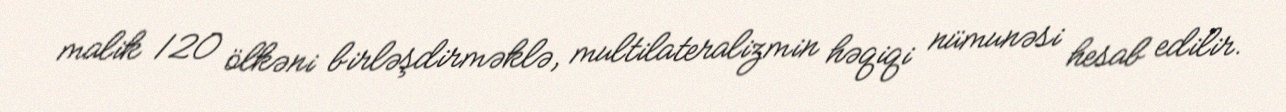
malik 120 ölkəni birləşdirməklə, multilateralizmin həqiqi nümunəsi hesab edilir.